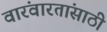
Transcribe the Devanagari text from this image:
वारंवारतांसाठी